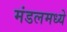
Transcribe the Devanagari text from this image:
मंडलमध्ये